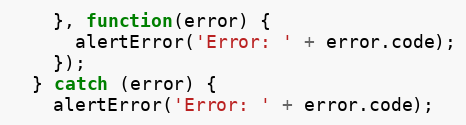
Language: JavaScript
    }, function(error) {
      alertError('Error: ' + error.code);
    });
  } catch (error) {
    alertError('Error: ' + error.code);